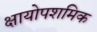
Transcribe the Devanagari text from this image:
क्षायोपशमिक